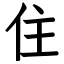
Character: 住